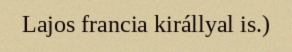
Lajos francia királlyal is.)